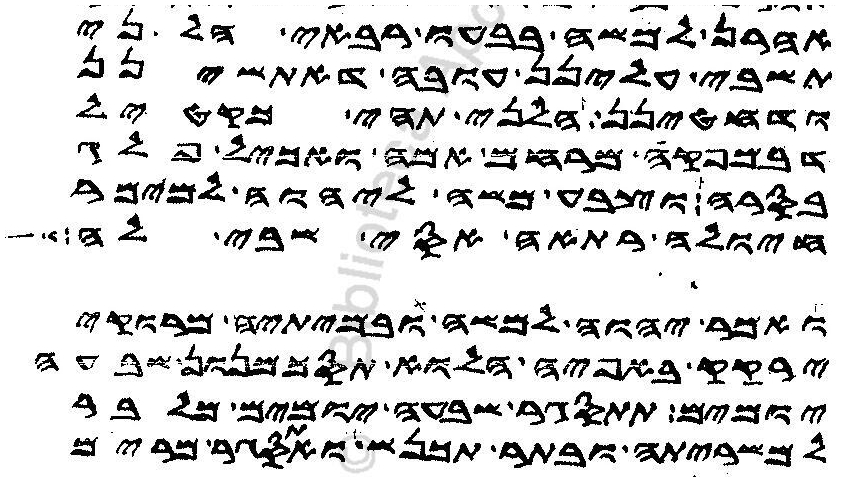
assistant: אהרן למשה בבעו רבאי הל ני
תשבי עלינן עובה דאתשינן
ודחטינן הלני תהי כקטיל
דבמפקה מרחם אמה ואכיל פלג
בסרה וצבע משה ליהוה למימר
חיולה רתאה אסי שבי לה
ואמר יהוה למשה ובמיתיה מרוקי
ירקק באפיה הלוא תסכמנון שבעה
יומים תתסגר שבעה יומים מלבר
למשריתה ובתר תכנש ואתסגרת מרים